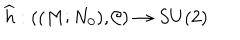
\widehat { h } : ( ( M ; N _ { 0 } ) , \mathcal { C } ) \rightarrow S U ( 2 )